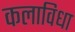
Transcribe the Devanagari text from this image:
कलाविधा